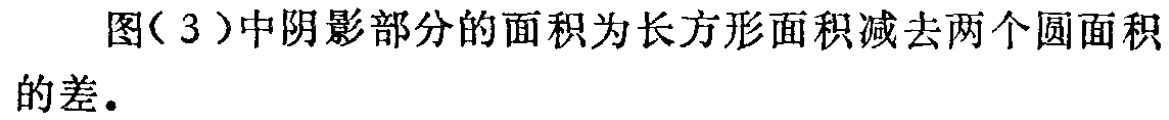
图(3)中阴影部分的面积为长方形面积减去两个圆面积的差.